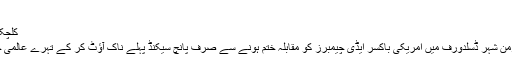
(26.04.2011)
کلِچکو تہرے عالمی چیمپیئن ٹائٹل کے دفاع میں کامیاب
یوکرائن سےتعلق رکھنے والے ولادیمیر کلِچکو جرمن شہر ڈسلدورف میں امریکی باکسر ایڈی چیمبرز کو مقابلہ ختم ہونے سے صرف پانچ سیکنڈ پہلے ناک آؤٹ کر کے تہرے عالمی چیمپئین شپ ٹائٹل کا دفاع کرنے میں کامیاب رہے۔